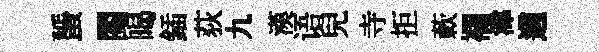
蜑閱暍鍤荻九漢语兒寺拒蔌襴湋適